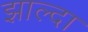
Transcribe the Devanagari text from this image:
झाल्दा